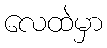
လေထဲမှာ